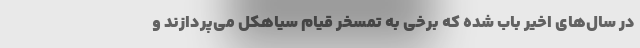
در سال‌های اخیر باب شده که برخی به تمسخر قیام سیاهکل می‌پردازند و